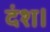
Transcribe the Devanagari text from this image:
दंश।